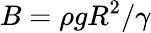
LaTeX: B=\rho gR^{2}/\gamma